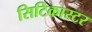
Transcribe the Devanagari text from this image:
सिटिकास्टर